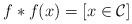
LaTeX: \begin{align*}f*f(x) = [x\in \mathcal{C}]\end{align*}